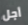
أجل